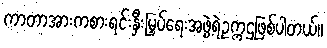
ကာတာအားကစားရင်းနှီးမြှပ်ရေးအဖွဲ့ရဲ့ဥက္ကဌဖြစ်ပါတယ်။